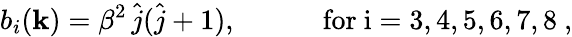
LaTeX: b_{i}({\mathbf k})=\beta^{2}\, \hat{j}(\hat{j}+1),\quad\quad\quad\mathrm{for~i=3,4,5,6,7,8~},